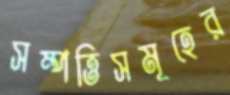
সম্পত্তিসমূহের